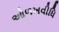
ઓળખવીધિ